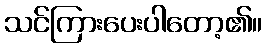
သင်ကြားပေးပါတော့၏။